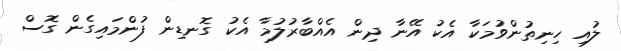
ލުއި ހިނިތުންވުމަކާ އެކު އޭނާ ދިން އެއްބާރުލުމާ އެކު ގޮނޑިން ފުންމައިގެން ގޮސް